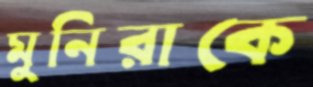
মুনিরাকে